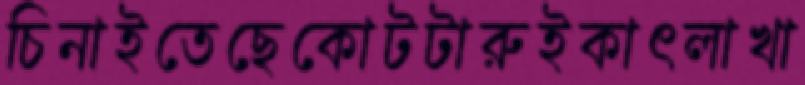
চিনাইতেছেকোটটারুইকাৎলাখা